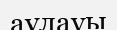
аулауы